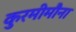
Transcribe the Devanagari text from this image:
कुरमीमौना